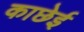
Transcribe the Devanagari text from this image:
काछेई